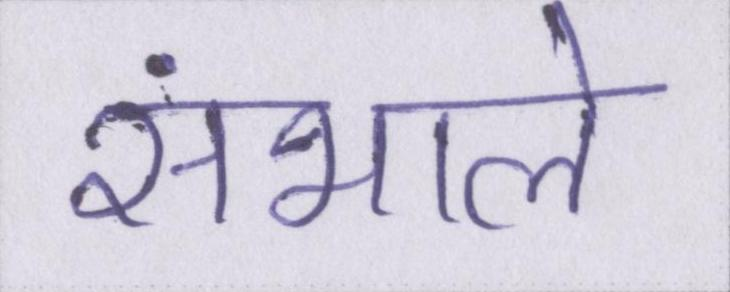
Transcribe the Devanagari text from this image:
संभाले